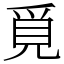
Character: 覓